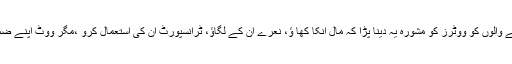
اس لیے مشورہ دینے والوں کو ووٹرز کو مشورہ یہ دینا پڑا کہ مال انکا کھا ؤ، نعرے ان کے لگاؤ، ٹرانسپورٹ ان کی استعمال کرو ،مگر ووٹ اپنے ضمیر کے مطابق دو؟